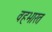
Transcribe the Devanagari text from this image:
वहभारत